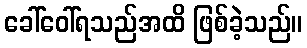
ခေါ်ဝေါ်ရသည်အထိ ဖြစ်ခဲ့သည်။